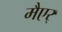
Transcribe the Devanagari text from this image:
मैएर्